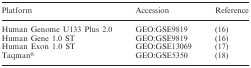
<table><thead><tr><td><b>Platform</b></td><td><b>Accession</b></td><td><b>Reference</b></td></tr></thead><tbody><tr><td>Human Genome U133 Plus 2.0</td><td>GEO:GSE9819</td><td>(16)</td></tr><tr><td>Human Gene 1.0 ST</td><td>GEO:GSE9819</td><td>(16)</td></tr><tr><td>Human Exon 1.0 ST</td><td>GEO:GSE13069</td><td>(17)</td></tr><tr><td>Taqman®</td><td>GEO:GSE5350</td><td>(18)</td></tr></tbody></table>